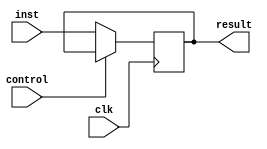
`timescale 1ns / 1ps

module before(clk, inst, result, control);

input clk, control;
input [15:0] inst;
output reg [15:0] result;

always@ (posedge clk) begin
    if (!control)
        result <= inst;
end


endmodule